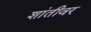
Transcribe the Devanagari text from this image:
शांतीवर